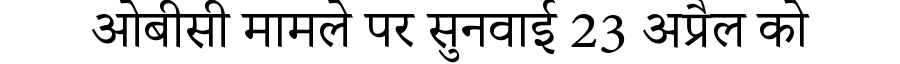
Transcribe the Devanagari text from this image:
ओबीसी मामले पर सुनवाई 23 अप्रैल को